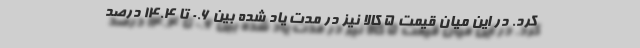
کرد. در این میان قیمت ۵ کالا نیز در مدت یاد شده بین ۰.۶ تا ۱۴.۴ درصد